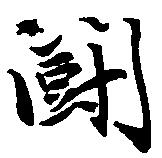
闘